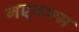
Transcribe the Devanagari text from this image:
नएजन्म